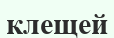
клещей